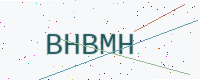
Text: BHBMH